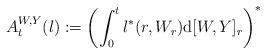
LaTeX: \begin{align*} A^{W,Y}_t(l) := \left(\int_0^t l^*(r, W_r) \mathrm d [W,Y]_r \right)^* \end{align*}